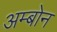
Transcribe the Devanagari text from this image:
अम्बोन